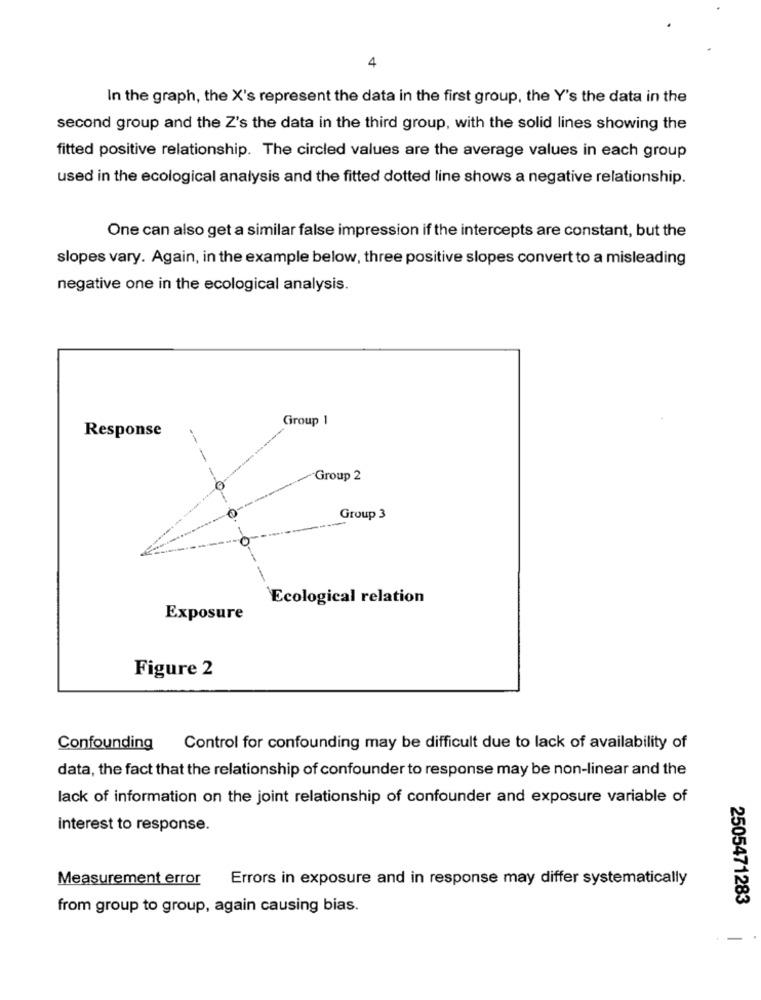
4
In the graph, the X's represent the data in the first group, the Y's the data in the
second group and the Z's the data in the third group, with the solid lines showing the
fitted positive relationship. The circled values are the average values in each group
used in the ecological analysis and the fitted dotted line shows a negative relationship.
One can also get a similar false impression if the intercepts are constant, but the
slopes vary. Again, in the example below, three positive slopes convert to a misleading
negative one in the ecological analysis.
Group 1
Response
Group 2
Group 3
0-
Ecological relation
Exposure
Figure 2
Confounding
Control for confounding may be difficult due to lack of availability of
data, the fact that the relationship of confounder to response may be non-linear and the
lack of information on the joint relationship of confounder and exposure variable of
interest to response.
Measurement error
Errors in exposure and in response may differ systematically
2505471283
from group to group, again causing bias.